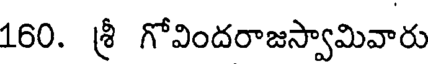
160. శ్రీ గోవిందరాజస్వామివారు